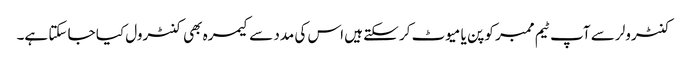
کنٹرولر سے آپ ٹیم ممبر کو پن یا میوٹ کر سکتے ہیں اس کی مدد سے کیمرہ بھی کنٹرول کیا جا سکتا ہے۔